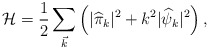
\begin{align*}{\cal H}=\frac{1}{2} \sum_{\vec{k}} \left( |{\widehat\pi}_k|^2 + k^2 |{\widehat\psi}_k|^2\right) ,\end{align*}